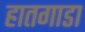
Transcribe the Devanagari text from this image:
हातगाडा